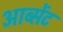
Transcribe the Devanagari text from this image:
आब्सेंट